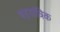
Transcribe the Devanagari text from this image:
षड़यांत्रिक